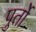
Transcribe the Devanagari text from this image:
पुर्तो